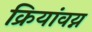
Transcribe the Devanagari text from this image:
क्रियांवय्न